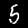
Digit: 5